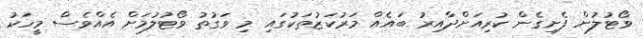
ވޯޓުލުން ފެށިގެން ކުރިއަށްދާއިރު ބައެއް މަރުކަޒުތަކުގައި މި ވަގުތު ވޯޓުލުމަށް އެއްވެސް މީހަކު